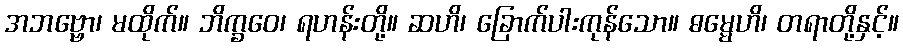
အဘဗ္ဗော၊ မထိုက်။ ဘိက္ခဝေ၊ ရဟန်းတို့။ ဆဟိ၊ ခြောက်ပါးကုန်သော။ ဓမ္မေဟိ၊ တရာတို့နှင့်။